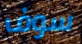
سوف